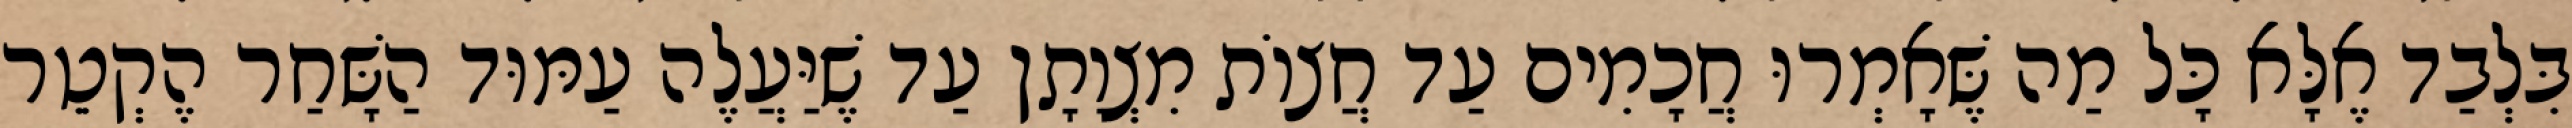
בִּלְבַד אֶלָּא כָּל מַה שֶּׁאָמְרוּ חֲכָמִים עַד חֲצוֹת מִצְוָתָן עַד שֶׁיַּעֲלֶה עַמּוּד הַשָּׁחַר הֶקְטֵר